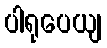
ပါရုပေယျ